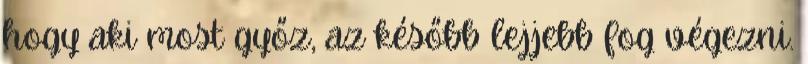
hogy aki most győz, az később lejjebb fog végezni.